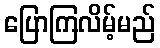
ပြောကြလိမ့်မည်